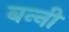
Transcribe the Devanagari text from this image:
बन्‍नी